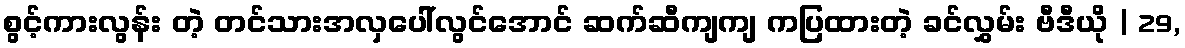
စွင့်ကားလွန်း တဲ့ တင်သားအလှပေါ်လွင်အောင် ဆက်ဆီကျကျ ကပြထားတဲ့ ခင်လွှမ်း ဗီဒီယို | 29,